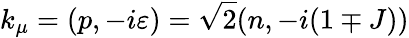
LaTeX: k_{\mu}=(p,-i\varepsilon)=\sqrt{2}(n,-i(1\mp J))